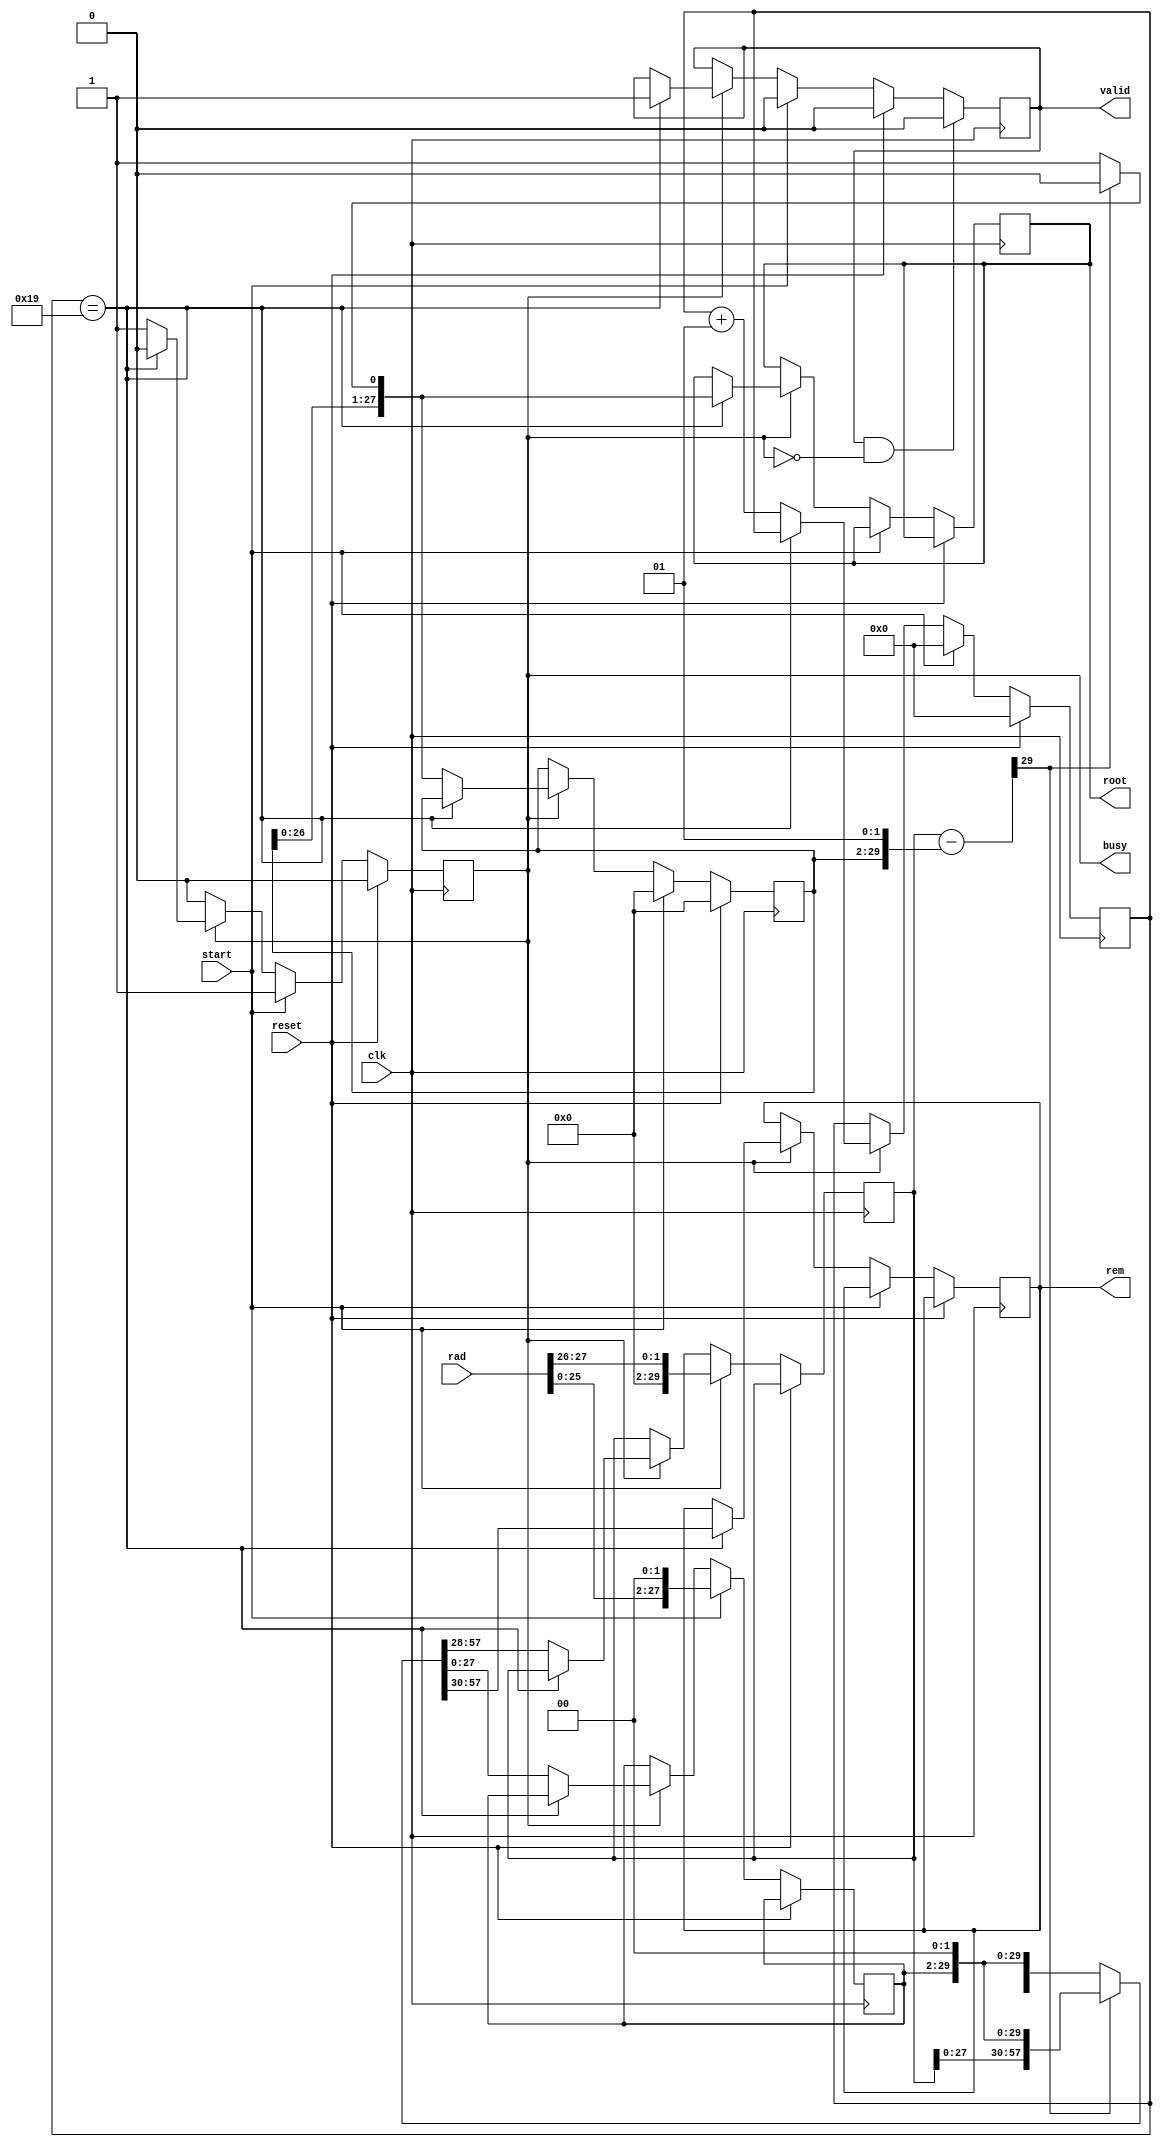
module fixed_sqrt#(

    parameter WIDTH = 28,
    parameter FBITS = 24

)(

    input  wire clk,
    input  wire reset,
    input  wire start,
    input  wire [WIDTH-1 : 0] rad, //radicand
    
    output wire busy,
    output wire valid,
    output wire [WIDTH-1 : 0] root,
    output wire [WIDTH-1 : 0] rem

);

    reg [WIDTH-1 : 0] x, x_next;    // radicand copy
    reg [WIDTH-1 : 0] q, q_next;    // intermediate root (quotient)
    reg [WIDTH+1 : 0] ac, ac_next;  // accumulator (2 bits wider)
    reg [WIDTH+1 : 0] test_res;     // sign test result (2 bits wider)
    
    localparam ITER = (WIDTH+FBITS) >> 1;
    integer i;
    
    always@(*)
    begin
    
        test_res = ac - {q, 2'b01};
        
        if(test_res[WIDTH+1] == 0) // test_res ?0? (check MSB)
        begin
        
           {ac_next, x_next} = {test_res[WIDTH-1:0], x, 2'b0};
           q_next = {q[WIDTH-2:0], 1'b1};
        
        end
        else begin
        
            {ac_next, x_next} = {ac[WIDTH-1:0], x, 2'b0};
            q_next = q << 1;
        
        end
        
    end
    
    reg busy_n, valid_n;
    reg [WIDTH-1 : 0] root_n, rem_n;
    
    wire pop = valid_n && !busy;
    
    always@(posedge clk)
    begin
        if(reset)
        begin
            
            busy_n <= 0;
            valid_n <= 0;
            i <= 0;
            q <= 0;    
        
        end
        else if (start) 
        begin
            busy_n <= 1;
            valid_n <= 0;
            i <= 0;
            q <= 0;
            {ac, x} <= {{WIDTH{1'b0}}, rad, 2'b0};
        end else if (busy) begin
            if (i == ITER-1) 
            begin  // we're done
                busy_n <= 0;
                valid_n <= 1;
                root_n <= q_next;
                rem_n <= ac_next[WIDTH+1:2];  // undo final shift
            end else begin  // next iteration
                i <= i + 1;
                x <= x_next;
                ac <= ac_next;
                q <= q_next;
            end
        end
        
        if(pop)
        begin
        
            valid_n <= 0;
        
        end
    
    end
    
    assign busy  = busy_n;
    assign valid = valid_n;
    assign root  = root_n;
    assign rem   = rem_n;

endmodule